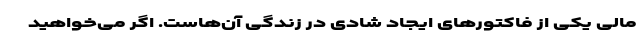
مالی یکی از فاکتور‌های ایجاد شادی در زندگی آن‌هاست. اگر می‌خواهید